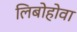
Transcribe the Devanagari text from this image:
लिबोहोवा